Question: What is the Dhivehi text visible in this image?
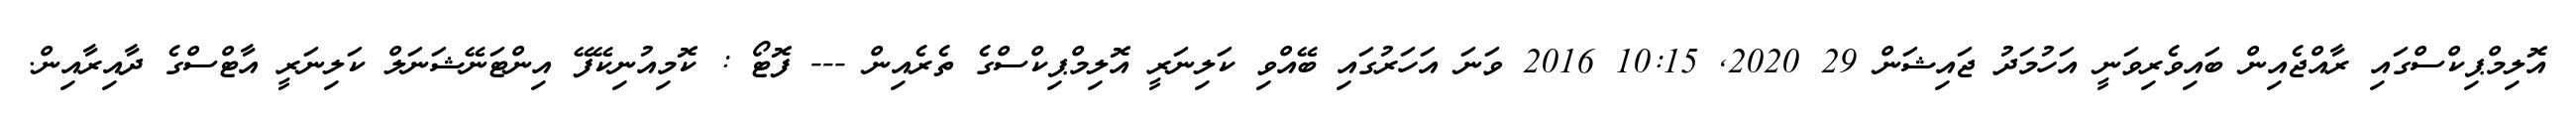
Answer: އޮލިމްޕިކްސްގައި ރާއްޖެއިން ބައިވެރިވަނީ އަހުމަދު ޖައިޝަން 29 2020, 10:15 2016 ވަނަ އަހަރުގައި ބޭއްވި ކަލިނަރީ އޮލިމްޕިކްސްގެ ތެރެއިން --- ފޮޓޯ : ކޮމިއުނިކޭފޭ އިންޓަނޭޝަނަލް ކަލިނަރީ އާޓްސްގެ ދާއިރާއިން.